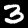
Label: 3